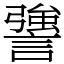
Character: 謽